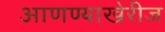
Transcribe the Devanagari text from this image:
आणण्याखेरीज